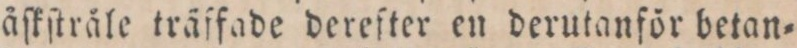
åſkſtråle träffade derefter en derutanför betan=